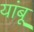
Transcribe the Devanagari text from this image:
यांबू